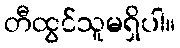
တီထွင်သူမရှိပါ။